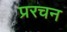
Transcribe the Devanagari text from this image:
प्ररचन